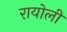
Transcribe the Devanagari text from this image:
रायोली